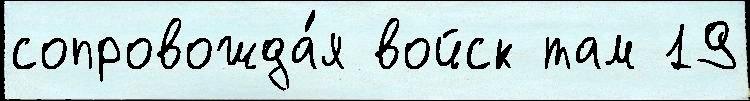
сопровожда́я войск там 19